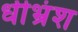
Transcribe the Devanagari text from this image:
धीभ्रंश